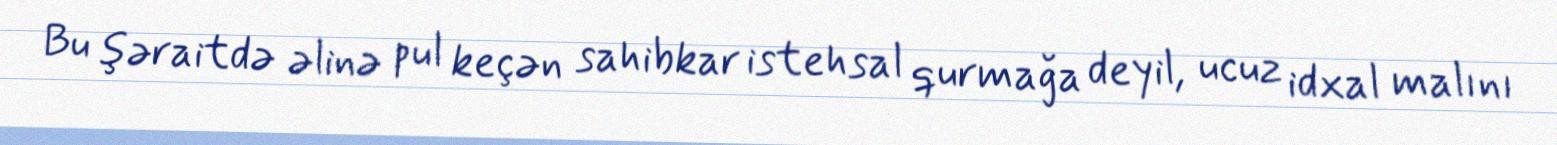
Bu şəraitdə əlinə pul keçən sahibkar istehsal qurmağa deyil, ucuz idxal malını